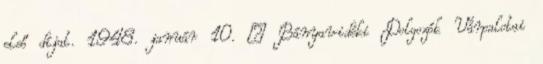
első díjat. 1948. január 10. – Bányavidéki Dolgozók Várpalotai